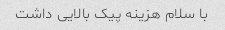
با سلام هزینه پیک بالایی داشت